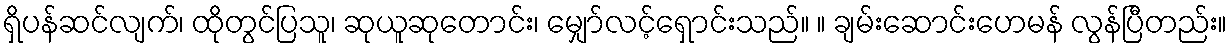
ရှိပန်ဆင်လျက်၊ ထိုတွင်ပြသူ၊ ဆုယူဆုတောင်း၊ မျှော်လင့်ရှောင်းသည်။ ။ ချမ်းဆောင်းဟေမန် လွန်ပြီတည်း။